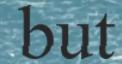
but